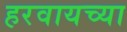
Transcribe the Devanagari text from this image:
हरवायच्या